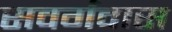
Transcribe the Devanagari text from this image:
सवर्गवास